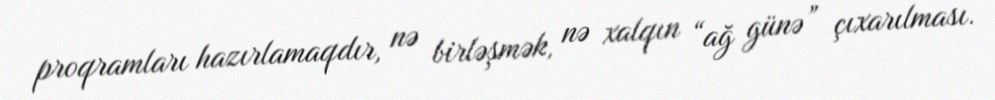
proqramları hazırlamaqdır, nə birləşmək, nə xalqın “ağ günə” çıxarılması.